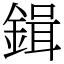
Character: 鍓